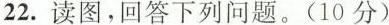
22.读图，回答下列问题。(10分)